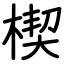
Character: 楔